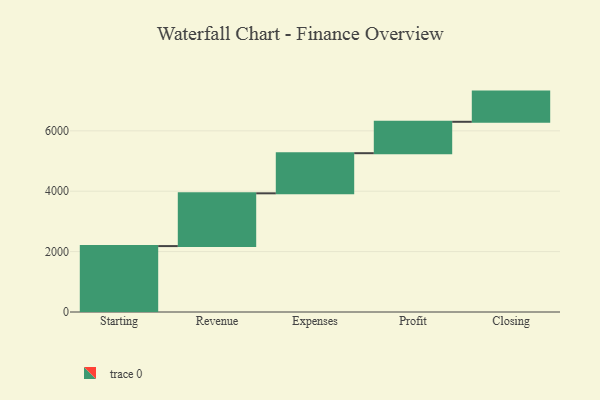
{"axis": {"x": "Step", "y": "Value"}, "legend": [""], "data": [{"x": "Starting", "y": 2183.0, "type": ""}, {"x": "Revenue", "y": 1748.0, "type": ""}, {"x": "Expenses", "y": 1329.0, "type": ""}, {"x": "Profit", "y": 1040.0, "type": ""}, {"x": "Closing", "y": 1000, "type": ""}]}